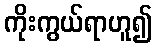
ကိုးကွယ်ရာဟူ၍